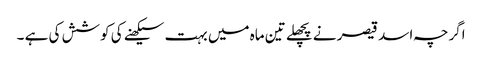
اگرچہ اسد قیصر نے پچھلے تین ماہ میں بہت سیکھنے کی کوشش کی ہے ۔